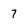
Character: 7